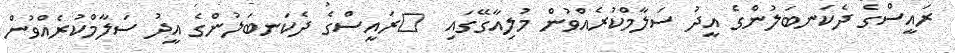
ރައީސްގެ ދެކަނބަލުންގެ އީދު ސަލާމްކުރެއްވުން މުލިއާގޭގައި  	ރައީސްގެ ދެކަނބަލުންގެ އީދު ސަލާމްކުރެއްވުން